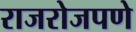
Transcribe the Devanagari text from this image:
राजरोजपणे